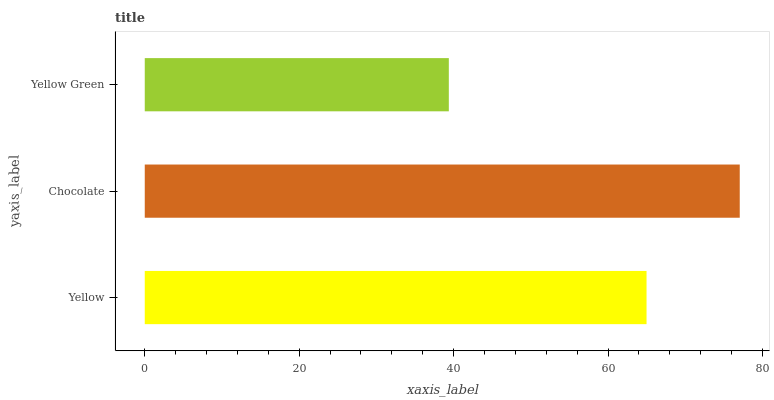
| yaxis_label | bars |
 | --- | --- |
 | Yellow | 65 |
 | Chocolate | 77.1 |
 | Yellow Green | 39.4 |